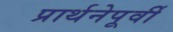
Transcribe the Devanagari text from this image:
प्रार्थनेपूर्वी